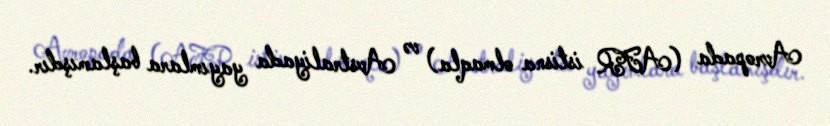
Avropada (AFR istisna olmaqla) və Avstraliyada yayımlara başlamışdır.